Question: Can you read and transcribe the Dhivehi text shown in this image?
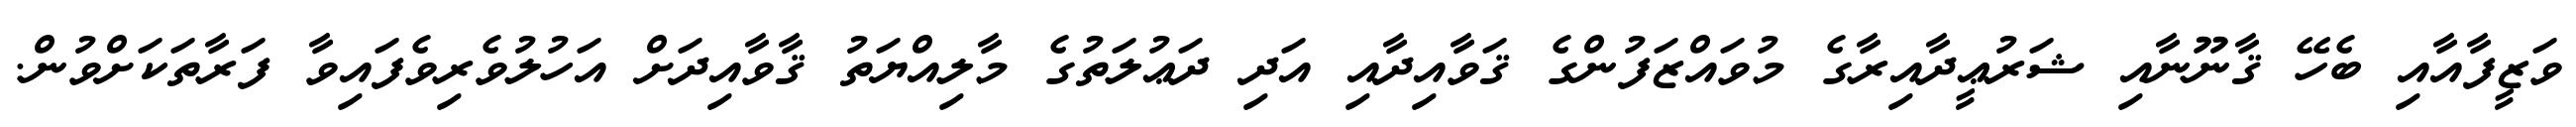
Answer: ވަޒީފާއާއި ބެހޭ ޤާނޫނާއި ޝަރުޢީދާއިރާގެ މުވައްޒަފުންގެ ޤަވާއިދާއި އަދި ދަޢުލަތުގެ މާލިއްޔަތު ޤާވާއިދަށް އަހުލުވެރިވެފައިވާ ފަރާތަކަށްވުން.